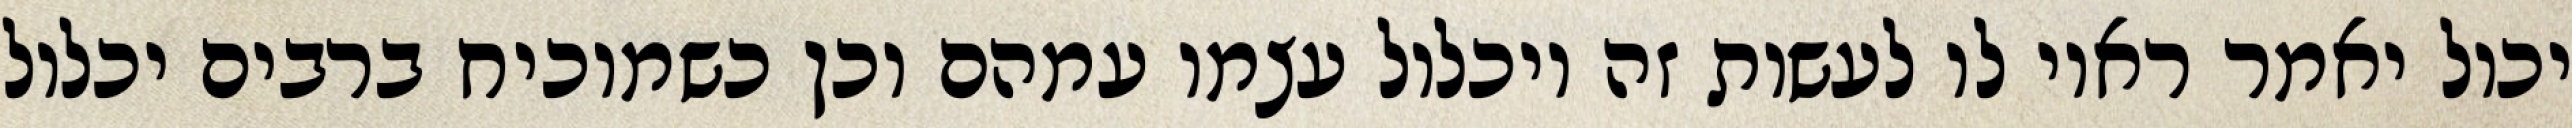
יכול יאמר ראוי לו לעשות זה ויכלול עצמו עמהם וכן כשמוכיח ברבים יכלול